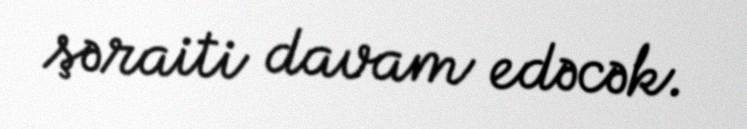
şəraiti davam edəcək.